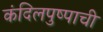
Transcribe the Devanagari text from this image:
कंदिलपुष्पाची